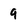
Character: 9